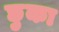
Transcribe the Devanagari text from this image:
छुका